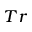
_ { T r }